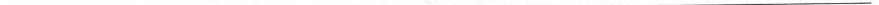
___